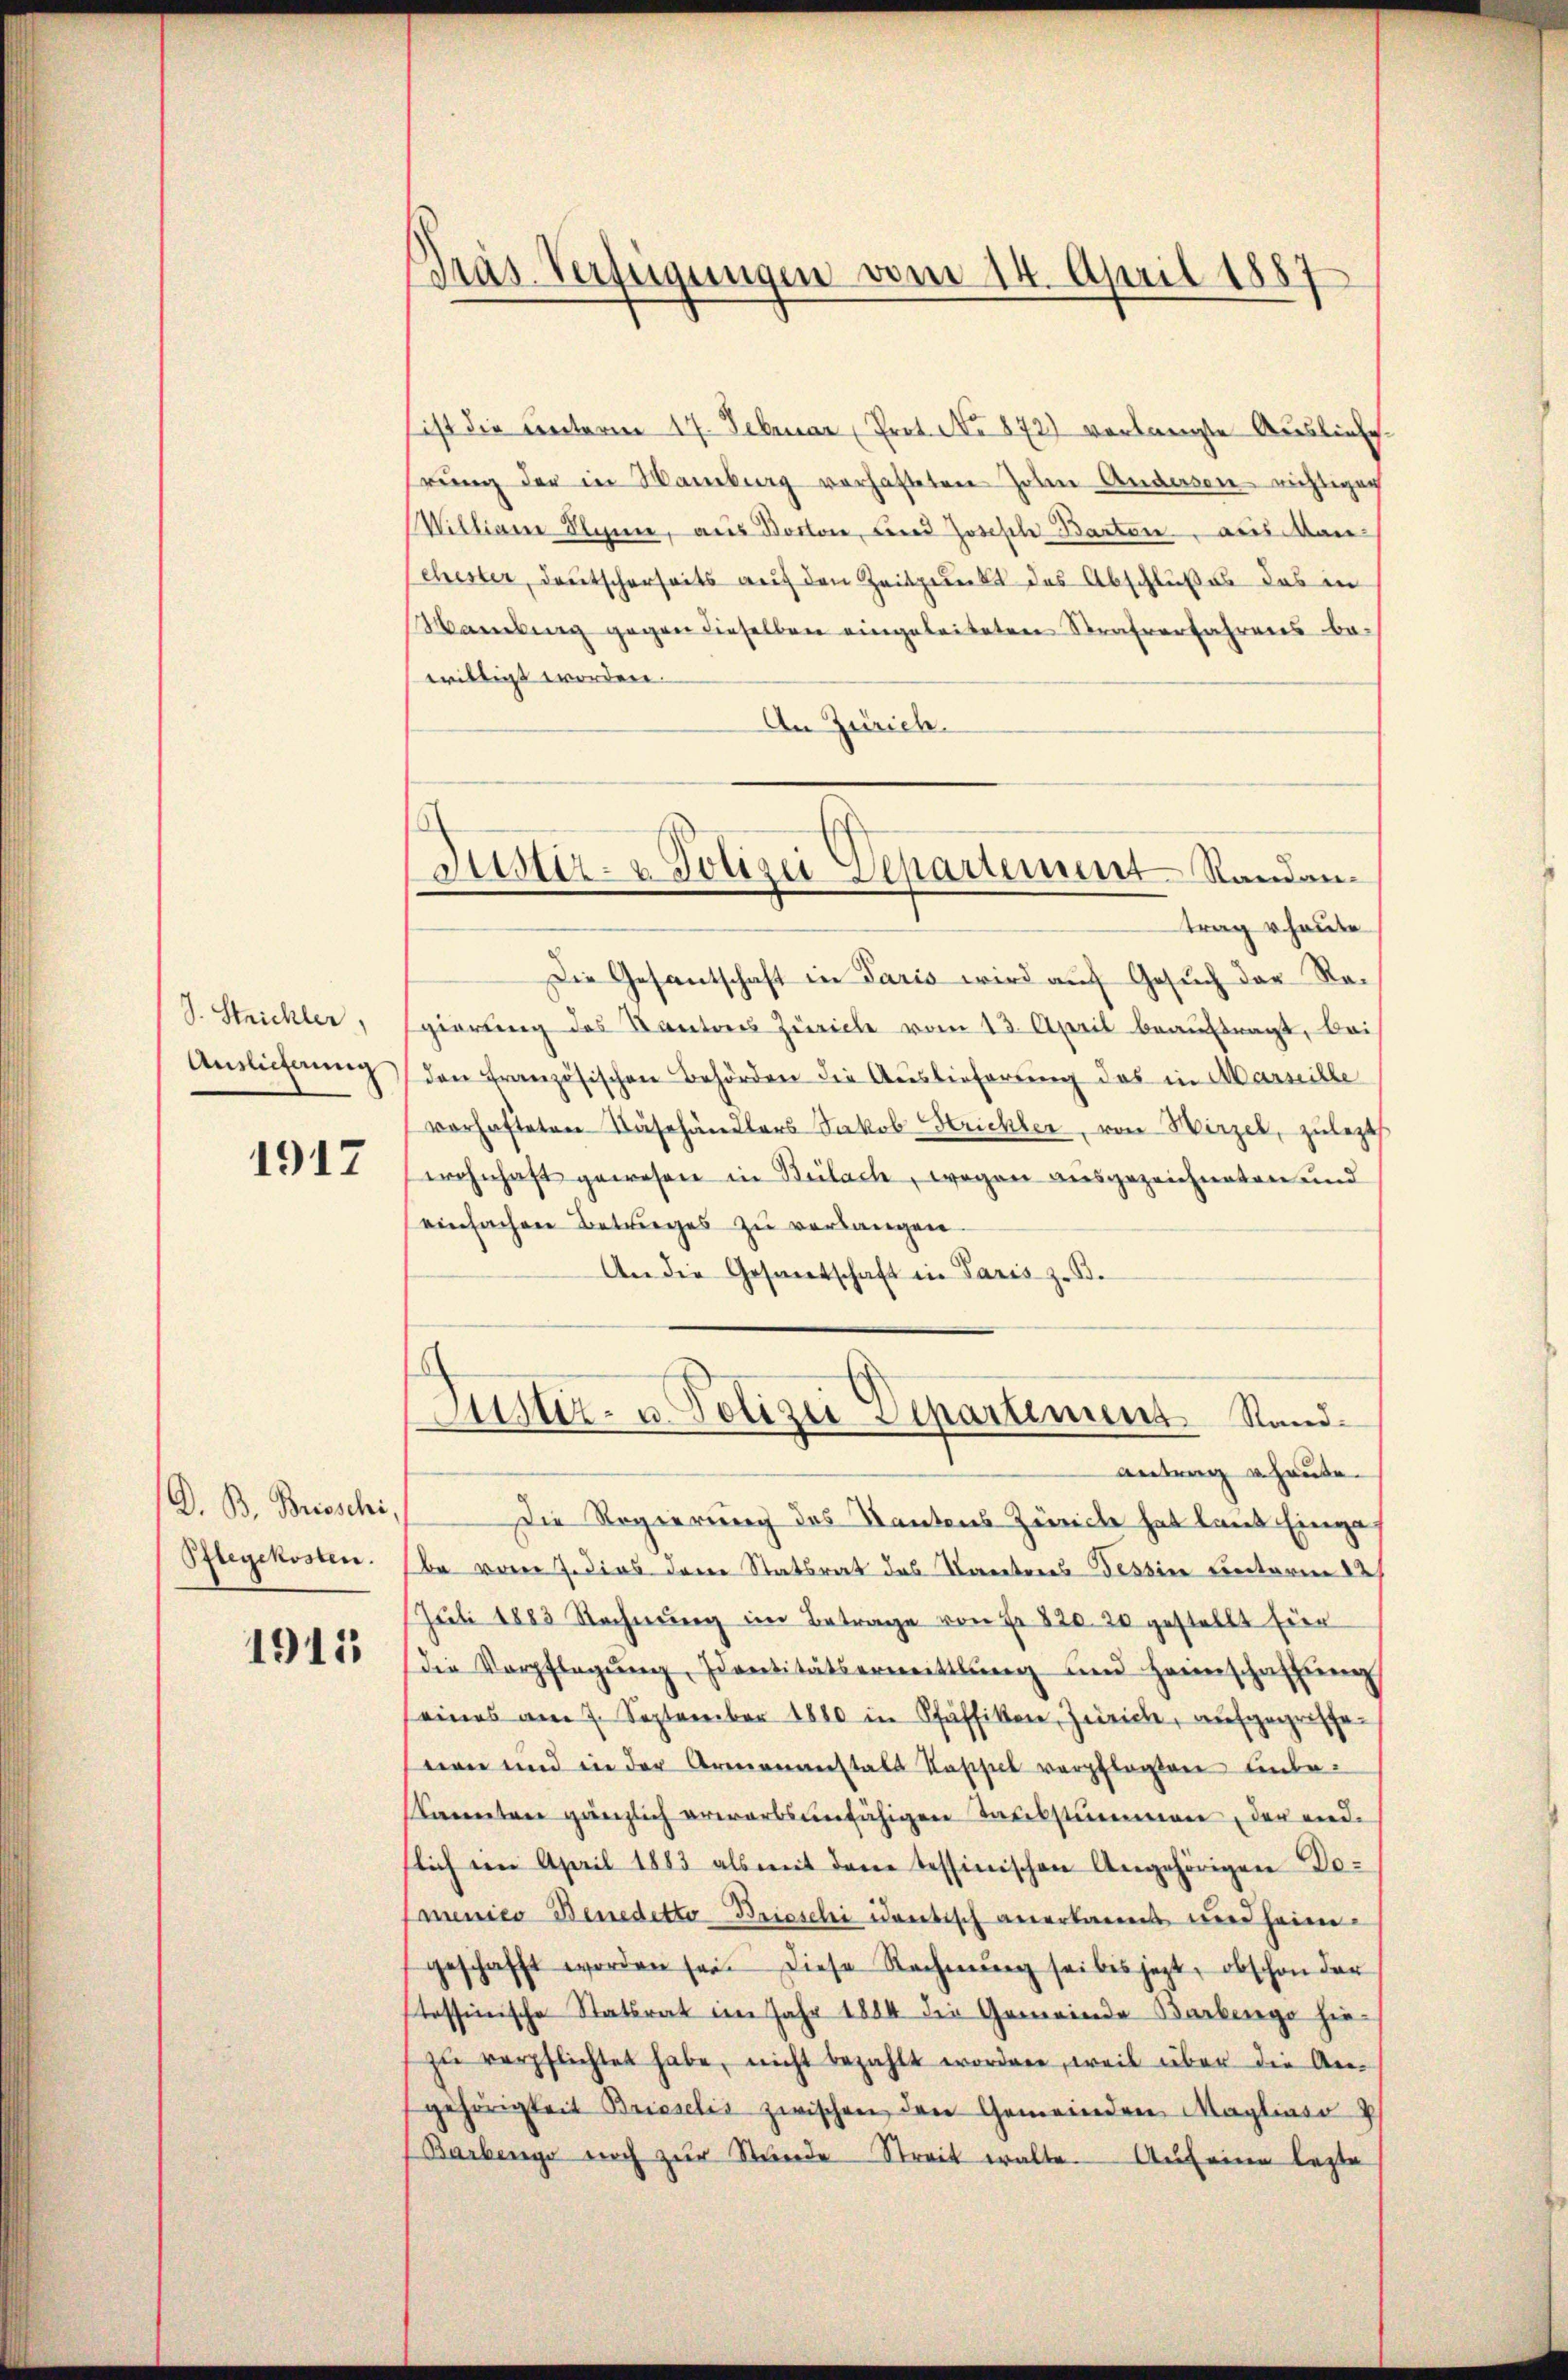
S. Strichler,
Auslieferung

1917

D. B. Broschi
Pflegekosten.

1911

Präs. Verfügungen vom 14. April 1887

ist die unterm 17. Februar (Prot. No 872 verlangte Ausliefe
rung der in Wamburg verhafteten Hohen Andersen nichtigen
Millian Kleine, aus Boston, und Joseph Barton aus Manschester, Deutscherseits auf den Zeitpunkt des Abschlußes das in
Mambing gegen dieselben eingeleiteten Strafverfahrens be-
willigt worden.
An Zürich.
Die Gesantschaft in Paris wird aŭf Gesŭch der Re-
gierung des Kantons Zürich vom 13. April beauftragt, bei
den Französischen Behörden die Auslieferung des in Marseille
vorhafteten Näschändlers Jakob Strickler, von Wirzel, zuletzt.
wohnhaft gewesen in Bülach, wegen ausgezeichneten und
einfachen Betruges zu verlangen.
An die Gesantschaft in Paris z. B.
Aiustiz- u. Polizei Departement Standantrag u. heute.
Die Regierung des Kantons Zürich hat laut Einga
be vom 7. dies dene Statsrat das Kantons Tessin unterm 22
Juli 1883 Rechnung im Betrage von Fr. 820. 20 gestellt Eier
die Verpflegŭng, Sentitätsermittlung und Heimschaffŭng
eines am 7. September 1880 in Pfäffikon, Zürich, aufgegriffenen und in der Armenanstals Kassel verpflegten unbe¬
Kannten gänzlich erwarbsunfähigen Taubstummen, der end-
slich im April 1883 als mit dem Tessinischen Angehörigen Do-
menico Benedetto Brieschi identisch anerkanns und heimgeschafft worden sei. Diese Rechnŭng sei bis jezt, obschon der
stessinische Statsrat im Jahr 1884 die Gemeinde Barbenge hiezŭ verpflichtet habe, nicht bezahlt worden, weil über die An-
gehörigkeit Brieselis zwischen den Gemeinden Magliaso
Barbenge noch zŭr Stunde Streit walte. Auf eine lezte

Justiz- & Polizei Separtement Randantrag u. heute